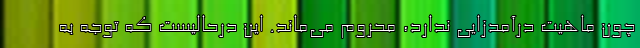
چون ماهیت درآمدزایی ندارد، محروم می‌ماند. این درحالیست که توجه به